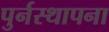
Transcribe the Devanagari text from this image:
पुर्नस्‍थापना